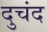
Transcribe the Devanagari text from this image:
दुचंद